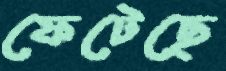
ফেটেছে